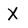
Character: X